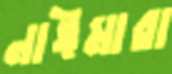
নাঈমারা